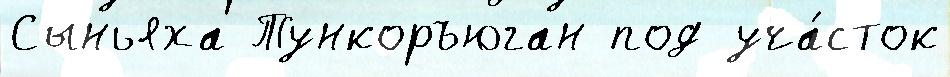
Сыньяха Тункоръюган под уча́сток